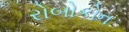
રોબોકોન